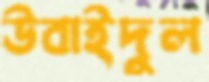
উবাইদুল